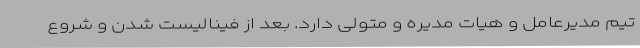
تیم مدیرعامل و هیات مدیره و متولی دارد. بعد از فینالیست شدن و شروع